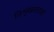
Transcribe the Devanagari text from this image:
विशृंखलताओं